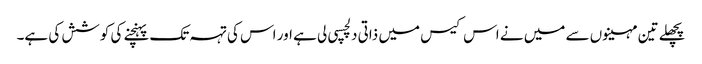
پچھلے تین مہینوں سے میں نے اس کیس میں ذاتی دلچسپی لی ہے اور اس کی تہہ تک پہنچنے کی کوشش کی ہے۔